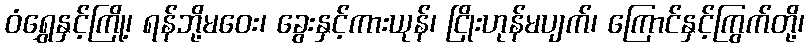
ဝံရွှေနှင့်ကြို့၊ ရန်ဘို့မဝေး၊ ခွေးနှင့်ကားယုန်၊ ငြိုးဟုန်မပျက်၊ ကြောင်နှင့်ကြွက်တို့၊